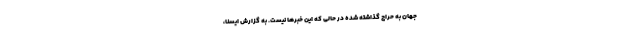
جهان به حراج گذاشته شده در حالی که این خبرها نیست. به گزارش ایسنا،